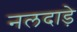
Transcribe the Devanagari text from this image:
नलदाड़े